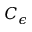
C _ { \epsilon }